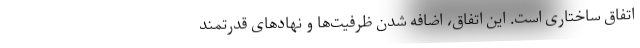
اتفاق ساختاری است. این اتفاق، اضافه شدن ظرفیت‌ها و نهادهای قدرتمند